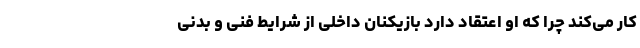
کار می‌کند چرا که او اعتقاد دارد بازیکنان داخلی از شرایط فنی و بدنی